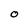
Character: O